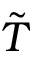
\tilde { T }